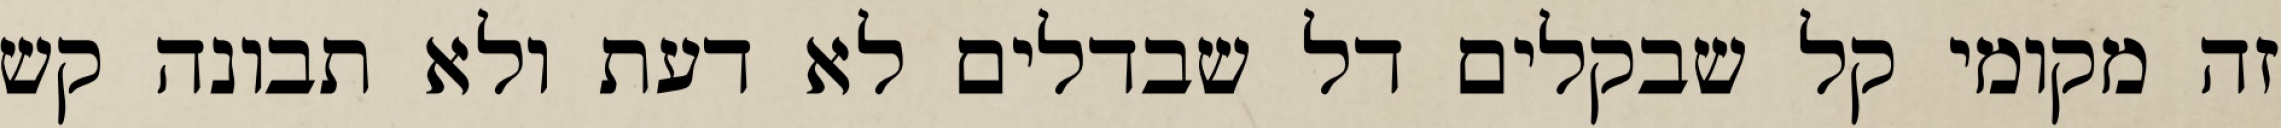
זה מקומי קל שבקלים דל שבדלים לא דעת ולא תבונה קש